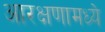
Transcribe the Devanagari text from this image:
आरक्षणामध्ये